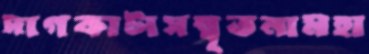
দাগকাটাসম্বৃতনামহা